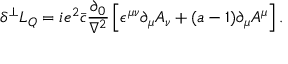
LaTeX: \delta ^ { \perp } { \cal L } _ { Q } = i e ^ { 2 } \bar { c } \frac { \partial _ { 0 } } { \nabla ^ { 2 } } \left[ \epsilon ^ { \mu \nu } \partial _ { \mu } A _ { \nu } + ( a - 1 ) \partial _ { \mu } A ^ { \mu } \right] .